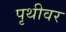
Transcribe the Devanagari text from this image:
पृथीवर